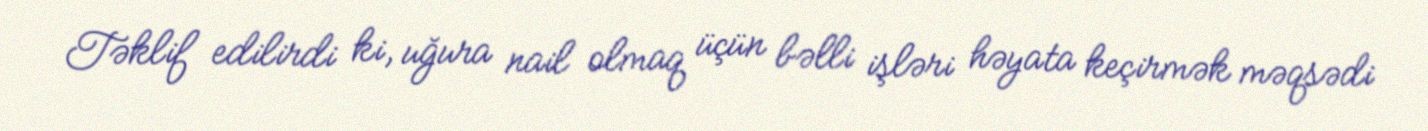
Təklif edilirdi ki, uğura nail olmaq üçün bəlli işləri həyata keçirmək məqsədi